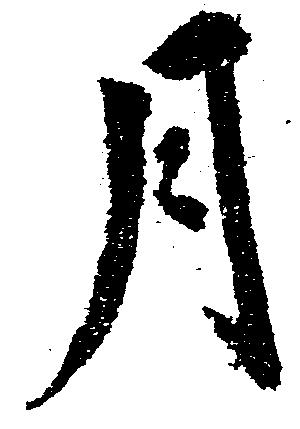
月